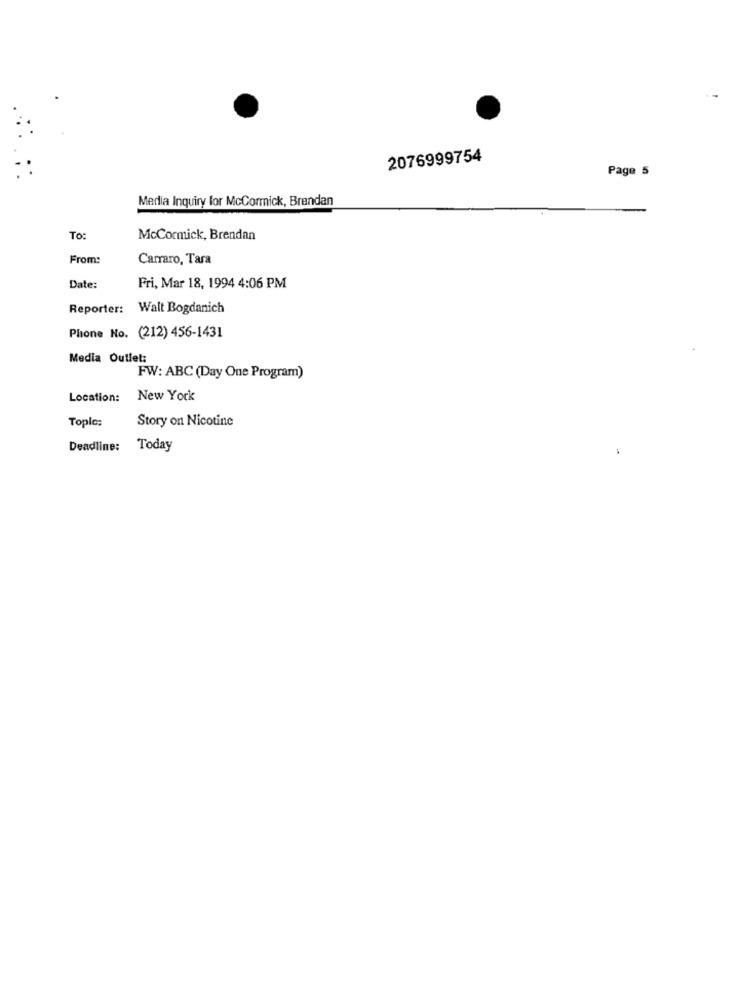
2076999754
Page 5
Media Inquiry for McCormick, Brendan
To:
McCormick, Brendan
From:
Carraro, Tara
Date:
Fri, Mar 18, 1994 4:06 PM
Reporter: Walt Bogdanich
Phone No. (212) 456-1431
Media Outlet:
FW: ABC (Day One Program)
Location:
New York
Tople;
Story on Nicotine
Deadline:
Today